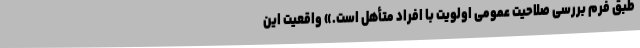
طبق فرم بررسی صلاحیت عمومی اولویت با افراد متأهل است.» واقعیت این